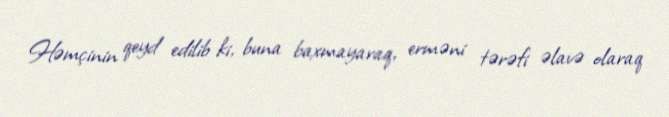
Həmçinin qeyd edilib ki, buna baxmayaraq, erməni tərəfi əlavə olaraq